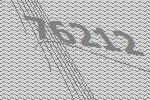
76212